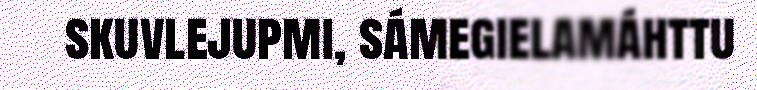
skuvlejupmi, sámegielamáhttu